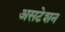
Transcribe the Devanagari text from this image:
असटेशन